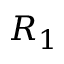
R _ { 1 }